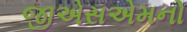
જીએસએમનો